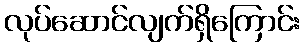
လုပ်ဆောင်လျက်ရှိကြောင်း